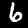
Digit: 6